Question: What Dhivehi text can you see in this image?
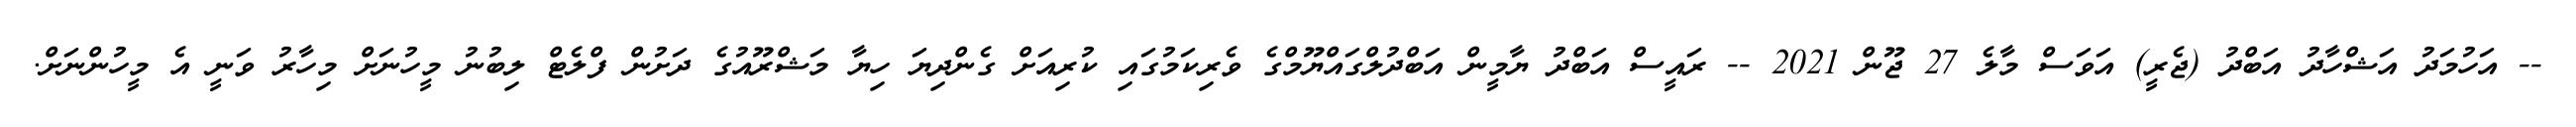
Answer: -- އަހުމަދު އަޝްހާދު އަބްދު (ޖެރީ) އަވަސް މާލެ 27 ޖޫން 2021 -- ރައީސް އަބްދު ޔާމީން އަބްދުލްގައްޔޫމްގެ ވެރިކަމުގައި ކުރިއަށް ގެންދިޔަ ހިޔާ މަޝްރޫއުގެ ދަށުން ފްލެޓް ލިބުނު މީހުނަށް މިހާރު ވަނީ އެ މީހުންނަށް.